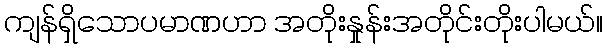
ကျန်ရှိသောပမာဏဟာ အတိုးနှုန်းအတိုင်းတိုးပါမယ်။